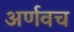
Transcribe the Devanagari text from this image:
अर्णवच